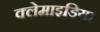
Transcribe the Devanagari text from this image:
क्लेमाइडिया